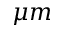
\mu m